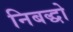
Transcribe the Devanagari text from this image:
निबद्धो